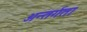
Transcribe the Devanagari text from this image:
अन्तर्गता